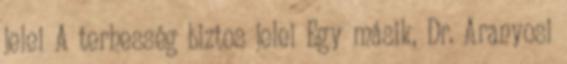
jelei A terhesség biztos jelei Egy másik, Dr. Aranyosi